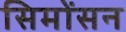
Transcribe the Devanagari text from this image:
सिमोंसन